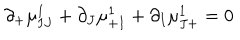
\partial _ { + } \mu _ { I J } ^ { 1 } + \partial _ { J } \mu _ { + I } ^ { 1 } + \partial _ { I } \mu _ { J + } ^ { 1 } = 0